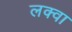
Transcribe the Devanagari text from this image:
लक्वा